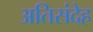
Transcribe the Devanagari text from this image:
अतिसंदेह